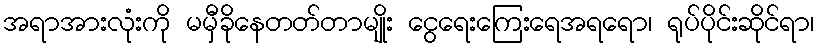
အရာအားလုံးကို မမှီခိုနေတတ်တာမျိုး ငွေရေးကြေးရေအရရော၊ ရုပ်ပိုင်းဆိုင်ရာ၊